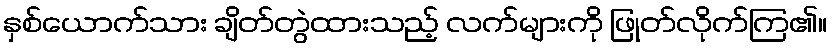
နှစ်ယောက်သား ချိတ်တွဲထားသည့် လက်များကို ဖြုတ်လိုက်ကြ၏။